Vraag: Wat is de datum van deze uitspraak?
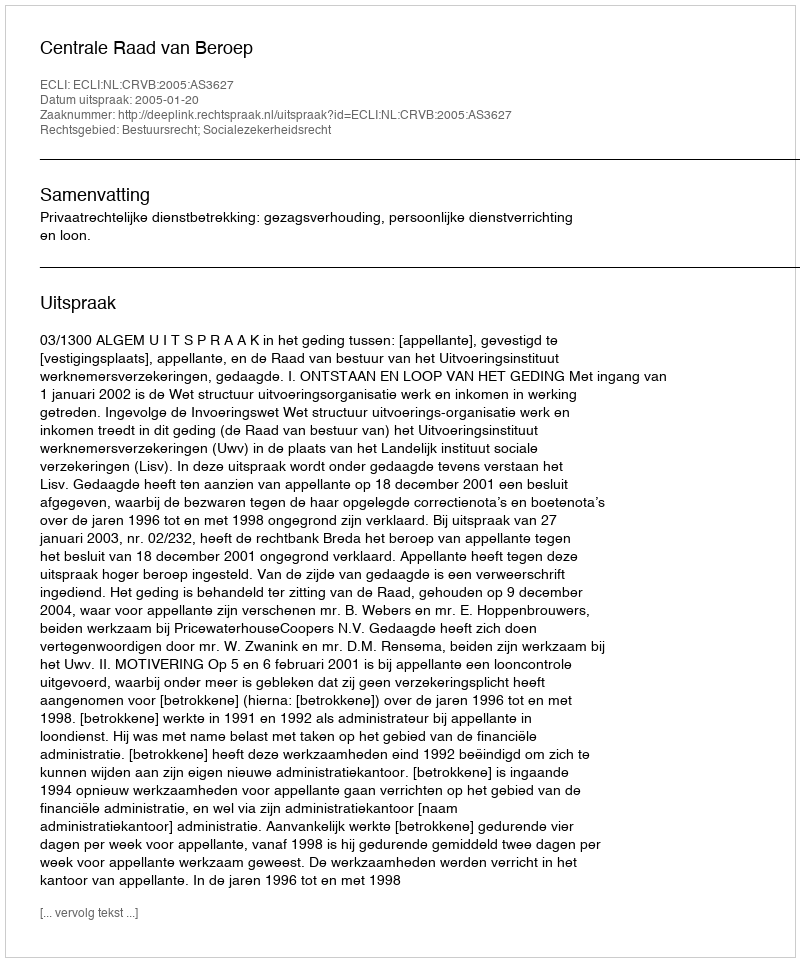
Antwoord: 2005-01-20